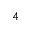
_ 4